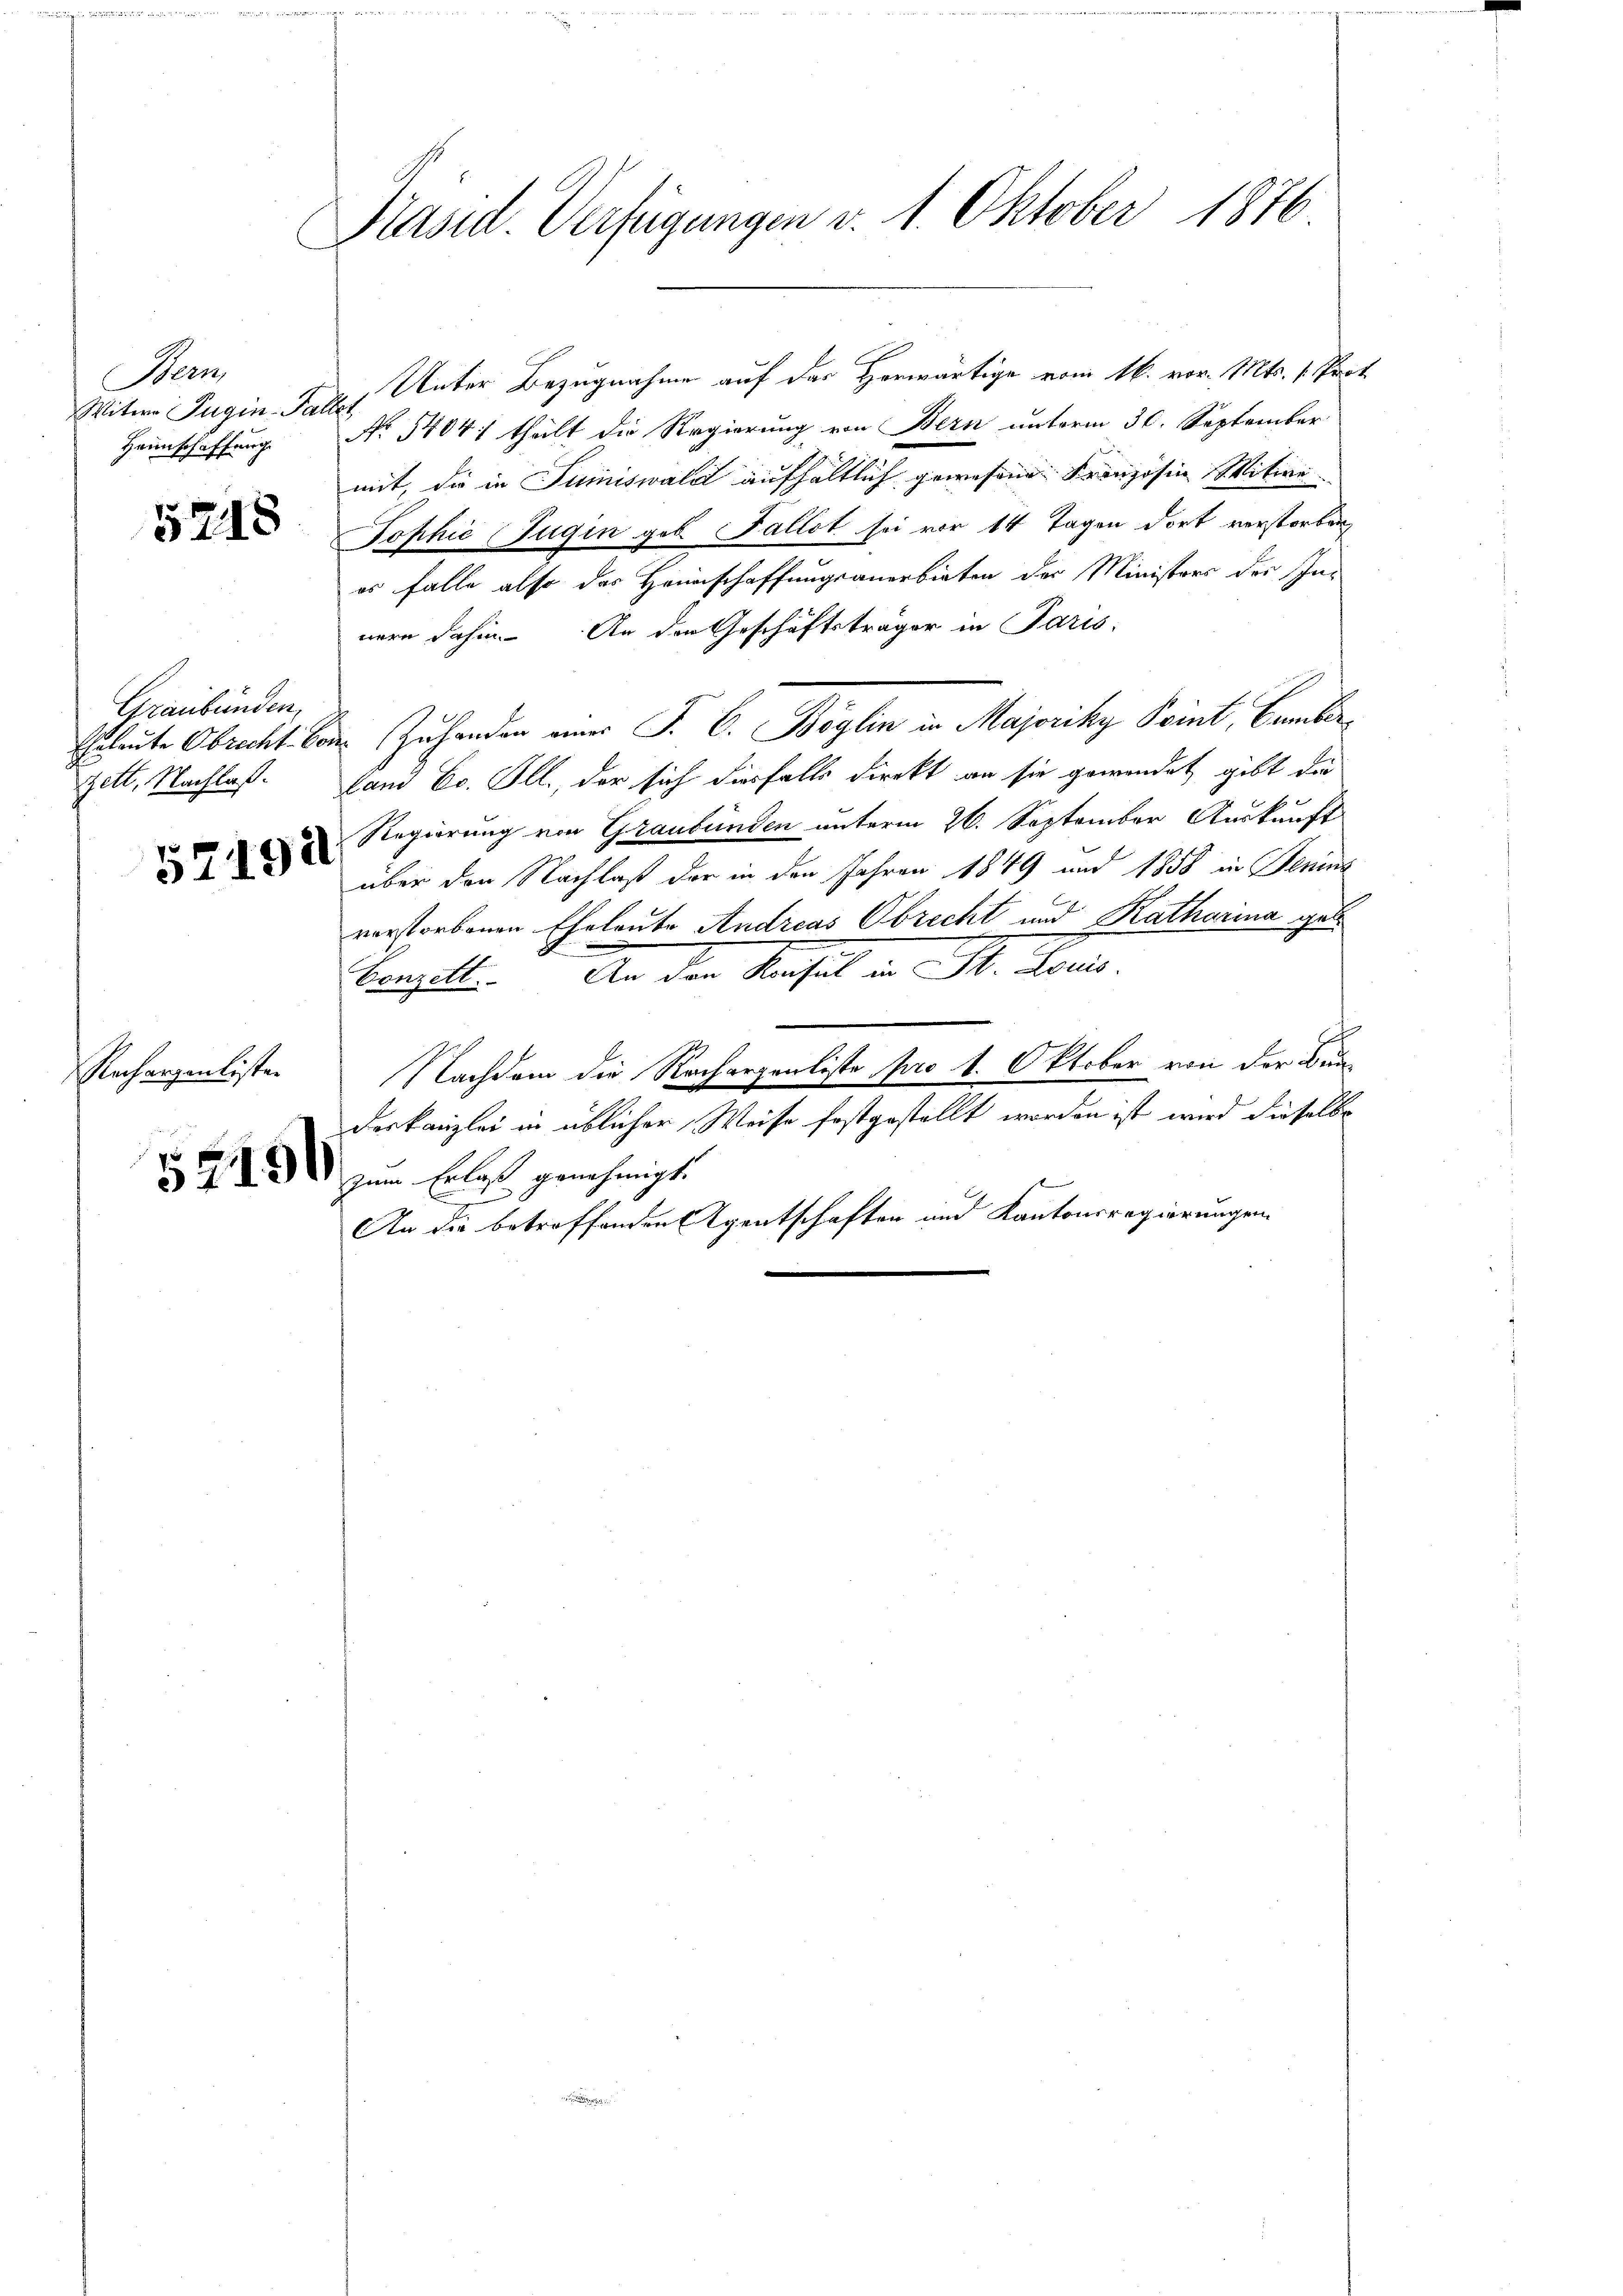
Bern
Witwe Jugin Faller
Heimschaffung

5218

Graubünden,

52192

Rechargenlisten

5549

Präsid. Verfügungen d. 1. Oktober 1876.

No 5404; theilt die Regierung von Bern unterm 30. September
mit, die in Sumiswald aufhältlich gewesene Franzosen Mitwe
Tophie Jugin geb. Fallet sei vor 14 Tagen dort verstorben,
es falle also das Heimschaffungsanerbieten der Ministers der Innern dahin. An den Geschäftsträger in Paris,
Eheleute Obrecht von Zuhanden einer J. C. Böglin in Majoriky Point, Bamberzell, Nachlaß. Hand Er. Ill., der sich diesfalls direkt an sie gewendet gibt die
Regierung von Graubünden unterm 26. September Auskunft
über den Nachlaß der in den Jahren 1849 und 1858 in Jenins
verstorbenen Eheleute Andreas Obrecht und Katharina geb.
Bonett. An der Sachel in St. Kons.
Nachdem die Rachargenliste pro 1. Oktober von der Bunderkanzlei in üblicher Weise festgestellt worden ist wird dieselbe
zum Erlaß genehmigt.
An die betreffenden Eigentschaften und Kantonsregierungen

Unter Bezugnahme auf das Horwärtige vom 16. vor. Mts. 1. Prot.